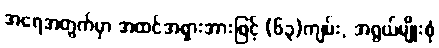
အရေအတွက်မှာ အထင်အရှားအားဖြင့် (၆၃)ကျမ်း, အရွယ်မျိုးစုံ